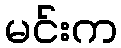
မင်းက